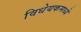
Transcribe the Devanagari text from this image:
विधेयकमध्ये